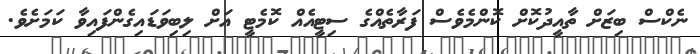
ނެކްސް ބިޒަށް ތާއީދުކޮށް ކޮންމެވެސް ފަރާތެއްގެ ސިޓީއެއް ކޮމެޓީ އަށް ލިބިވަޑައިގެންފައިވާ ކަމަށެވެ.